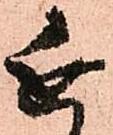
近